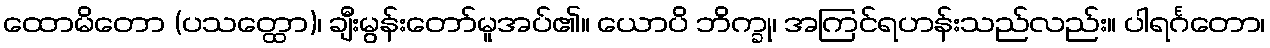
ထောမိတော (ပသတ္ထော)၊ ချီးမွန်းတော်မူအပ်၏။ ယောပိ ဘိက္ခု၊ အကြင်ရဟန်းသည်လည်း။ ပါရင်္ဂတော၊